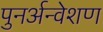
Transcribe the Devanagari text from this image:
पुनर्अन्वेशण